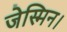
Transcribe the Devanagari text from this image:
जेस्मिन।